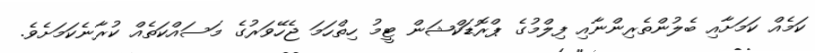
ކަމެއް ކަމަށާއި ބެލުންތެރިންނާއި ފިލްމުގެ ޕްރޮޑަކްޝަން ޓީމު ހިތްހަމަ ޖެހޭވަރުގެ މަސައްކަތެއް ކުރާނެކަމަށެވެ.